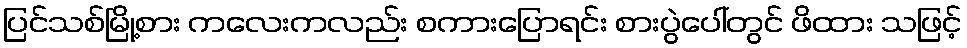
ပြင်သစ်မြို့စား ကလေးကလည်း စကားပြောရင်း စားပွဲပေါ်တွင် ဖိထား သဖြင့်